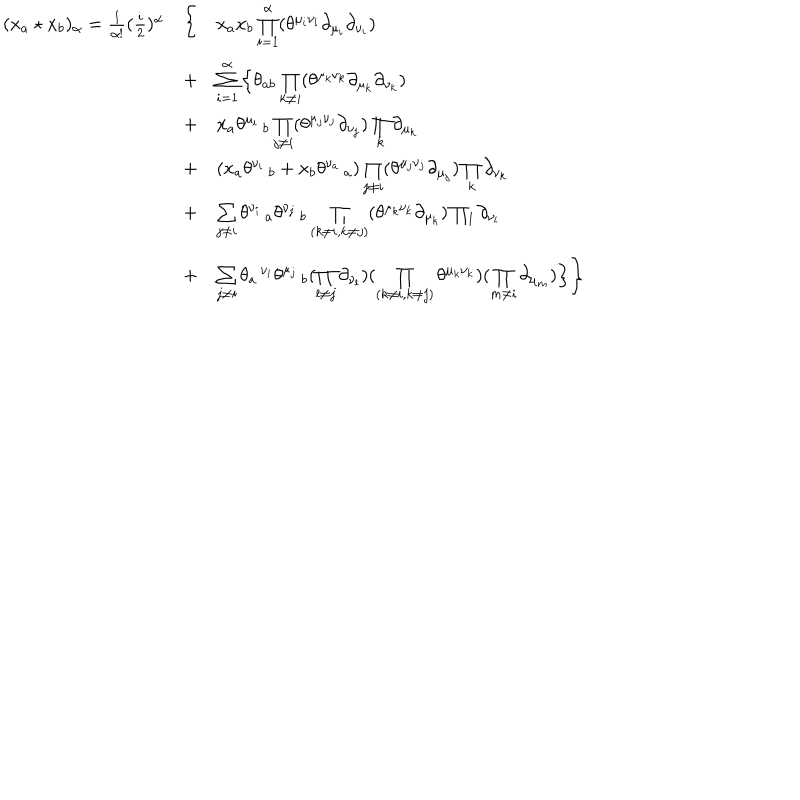
\begin{array} { l c l } { { ( x _ { a } \star x _ { b } ) _ { \alpha } = \frac { 1 } { \alpha ! } ( \frac { i } { 2 } ) ^ { \alpha } } } & { { \Bigg \{ } } & { { x _ { a } x _ { b } \prod _ { i = 1 } ^ { \alpha } ( \theta ^ { \mu _ { i } \nu _ { i } } \partial _ { \mu _ { i } } \partial _ { \nu _ { i } } ) } } \\ { { } } & { { + } } & { { \sum _ { i = 1 } ^ { \alpha } \Big \{ \theta _ { a b } \prod _ { k \ne i } ( \theta ^ { \mu _ { k } \nu _ { k } } \partial _ { \mu _ { k } } \partial _ { \nu _ { k } } ) } } \\ { { } } & { { + } } & { { x _ { a } { \theta ^ { \mu _ { i } } \, _ { b } } \prod _ { j \ne i } ( \theta ^ { \mu _ { j } \nu _ { j } } \partial _ { \nu _ { j } } ) \prod _ { k } \partial _ { \mu _ { k } } } } \\ { { } } & { { + } } & { { ( x _ { a } \theta ^ { \nu _ { i } } \, _ { b } + x _ { b } \theta ^ { \nu _ { a } } \, _ { a } ) \prod _ { j \ne i } ( \theta ^ { \mu _ { j } \nu _ { j } } \partial _ { \mu _ { j } } ) \prod _ { k } \partial _ { \nu _ { k } } } } \\ { { } } & { { + } } & { { \sum _ { j \ne i } \theta ^ { \nu _ { i } } \, _ { a } \theta ^ { \nu _ { j } } \, _ { b } \prod _ { ( k \ne i , k \ne j ) } ( \theta ^ { \mu _ { k } \nu _ { k } } \partial _ { \mu _ { k } } ) \prod _ { l } \partial _ { \nu _ { l } } } } \\ { { } } & { { + } } & { { \sum _ { j \ne i } \theta _ { a } \, ^ { \nu _ { i } } \theta ^ { \mu _ { j } } \, _ { b } ( \prod _ { l \ne j } \partial _ { \nu _ { l } } ) ( \prod _ { ( k \ne i , k \ne j ) } \theta ^ { \mu _ { k } \nu _ { k } } ) ( \prod _ { m \ne i } \partial _ { \mu _ { m } } ) \Big \} \Bigg \} } } \\ \end{array}